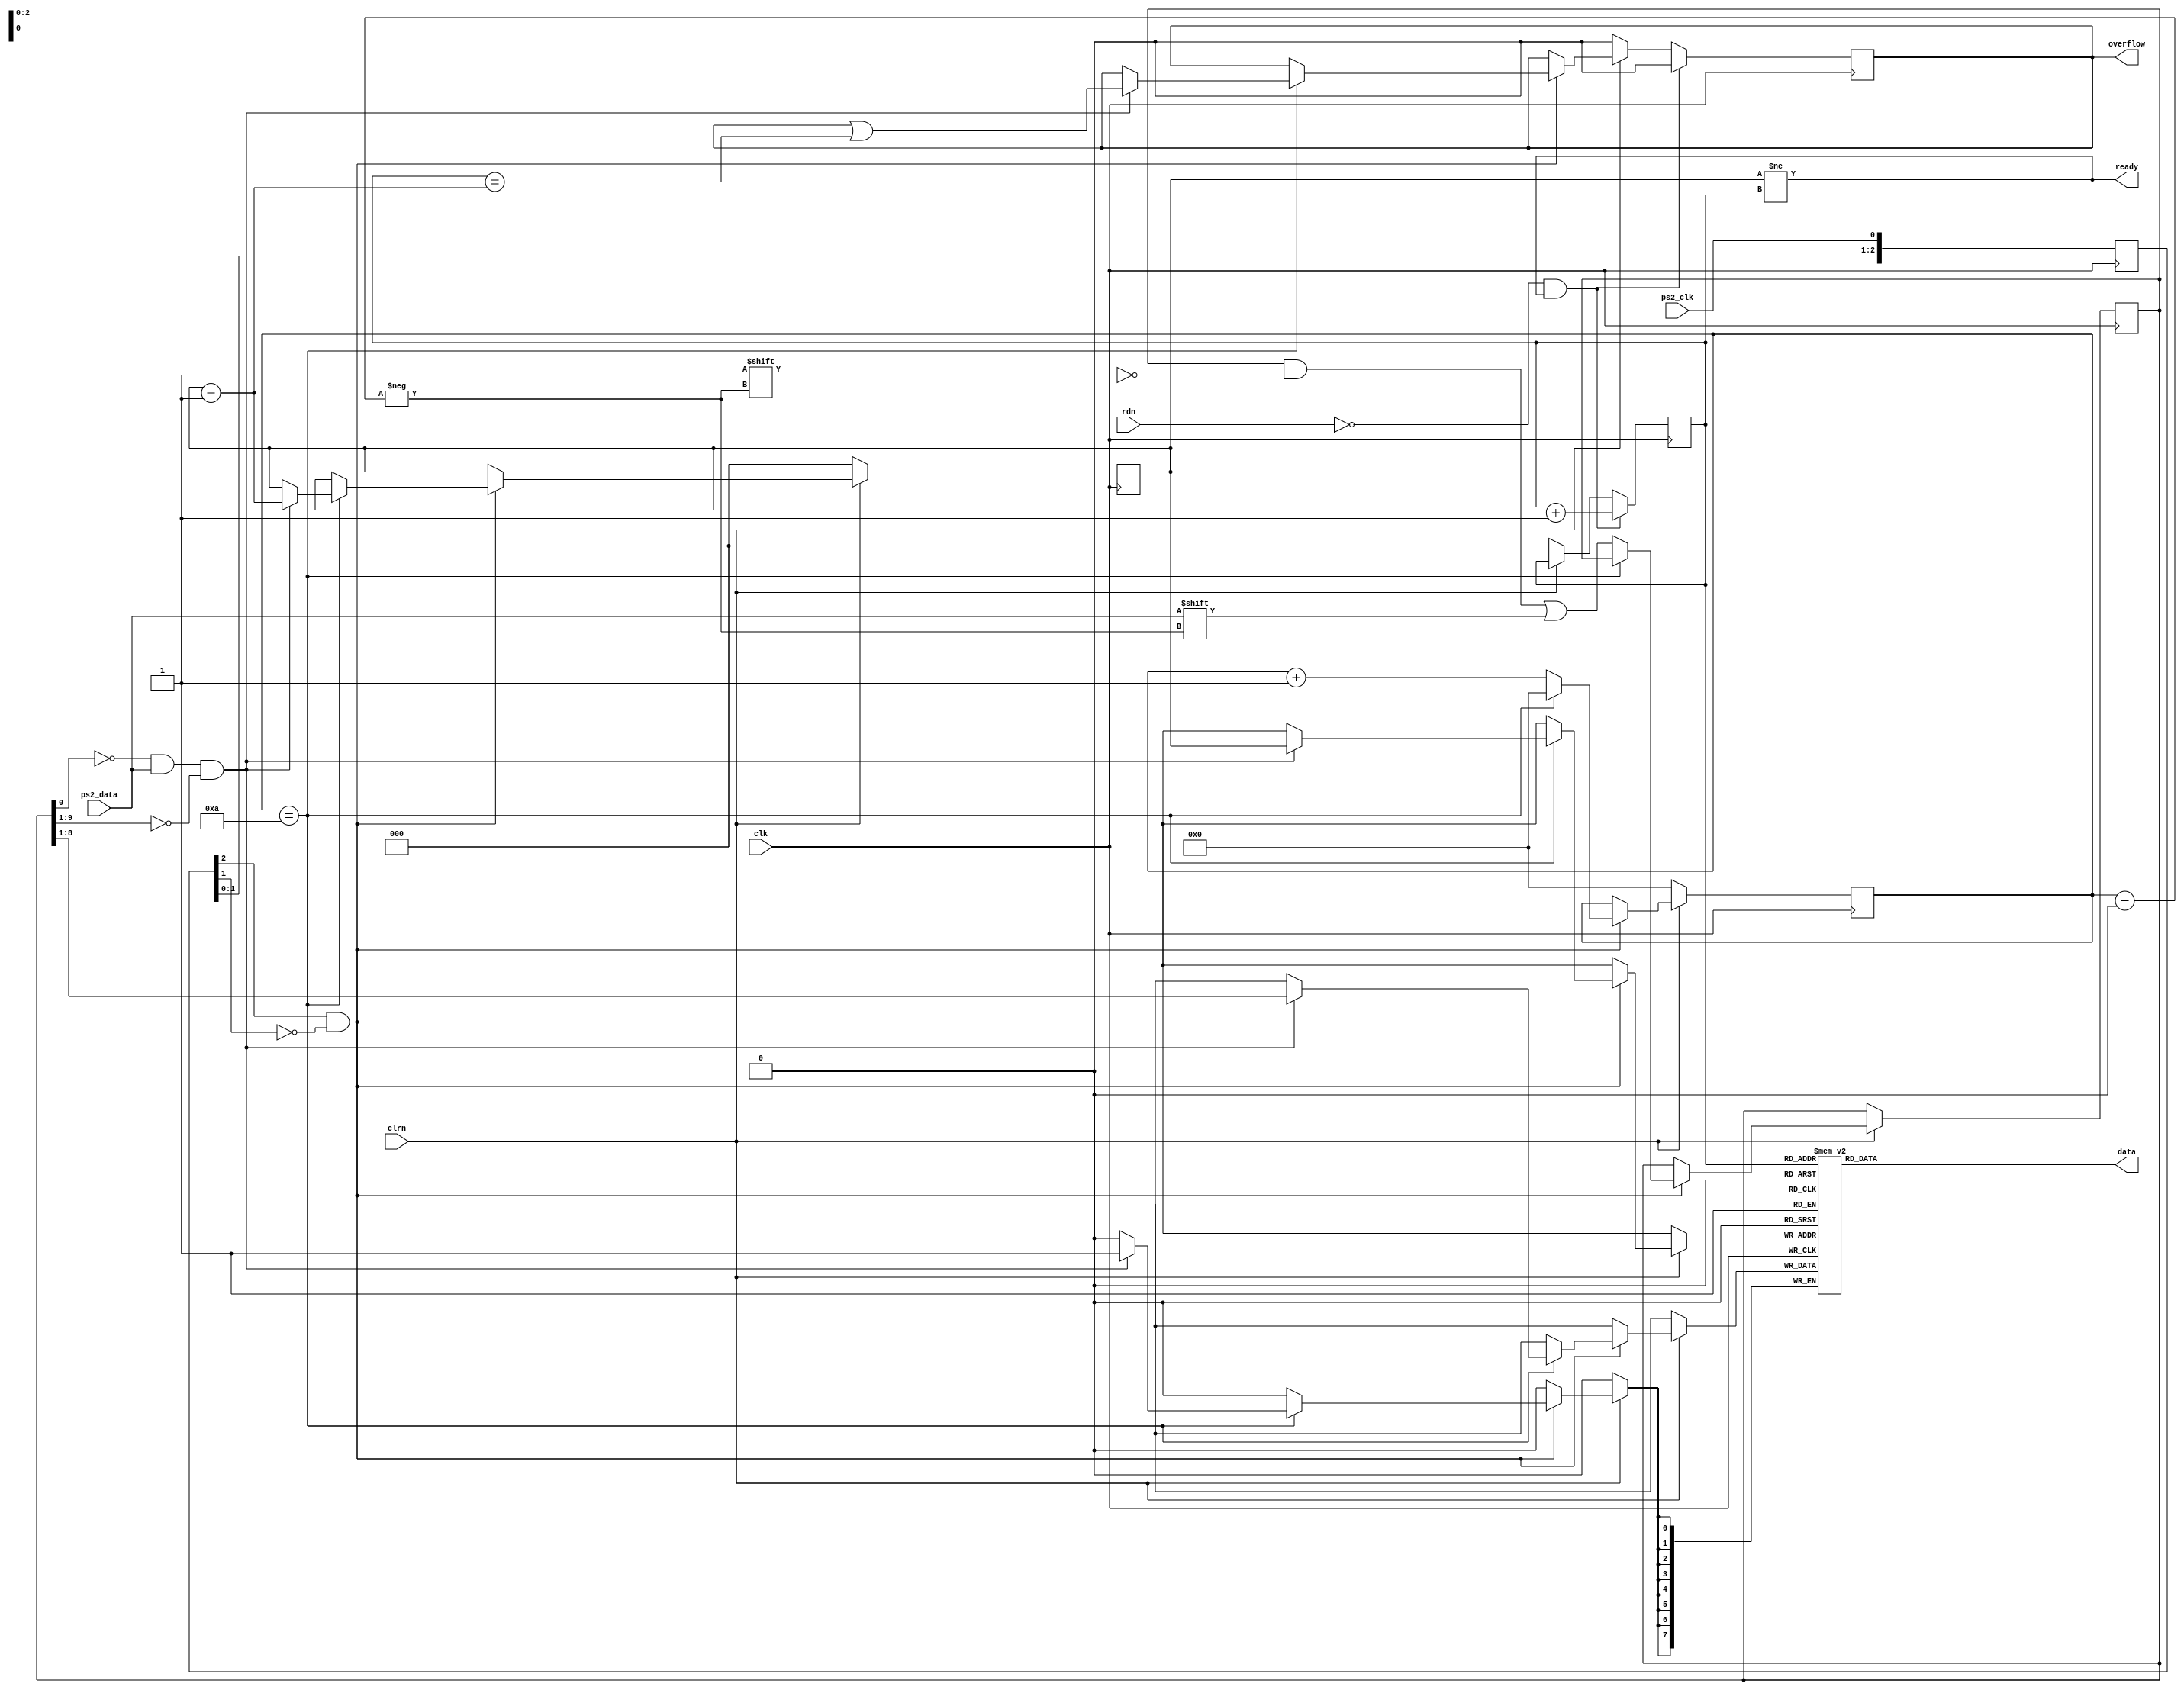
module ps2_keyboard (input clk, clrn, ps2_clk, ps2_data, rdn, 
            output [7:0] data, 
            output ready,overflow);
  reg overflow;     // fifo overflow
  reg [3:0] count;     // count ps2_data bits, internal signal, for test
  reg [9:0] buffer;     // ps2_data bits
  reg [7:0] fifo[7:0];   // data fifo
  reg [2:0] w_ptr, r_ptr;  // fifo write and read pointers
  reg [2:0] ps2_clk_sync; //Syncronized ps2_clk for sampling data

  //Synchronize the PS/2 clock to the system clock
  always @ (posedge clk) begin
    ps2_clk_sync <= {ps2_clk_sync[1:0],ps2_clk};
  end

  //Determine the sampling edge based on the synchronized PS/2 clock
  wire sampling = ps2_clk_sync[2] & ~ps2_clk_sync[1];

  // State machine for receiving PS/2 data
  always @ (posedge clk) begin
    if (clrn == 0) begin
        count <= 0;
        w_ptr <= 0;
        r_ptr <= 0;
        overflow <= 0;
    end else if (sampling) begin
        if (count == 4'd10) begin
            if ((buffer[0] == 0) &&   // start bit
               (ps2_data) &&     // stop bit
               (~buffer[9:1])) begin   // 
                   fifo[w_ptr] <= buffer[8:1];   // kbd scan code
                   w_ptr <= w_ptr + 3'b1;
                   overflow <= overflow |  (r_ptr == (w_ptr + 3'b1));
                          end  
                   count <= 0; // for next
            end else begin
                   buffer[count] <= ps2_data;   // store ps2_data
                   count <= count + 3'b1;   // count ps2_data bits
            end
        end

        // Process read request and update read pointer
        if (!rdn && ready) begin
          r_ptr <= r_ptr + 3'b1;
          overflow <= 0;
        end
   end

   //Output assignments
	assign ready = (w_ptr != r_ptr);
	assign data = fifo[r_ptr];
endmodule